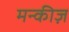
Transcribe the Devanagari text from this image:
मन्कीज़